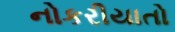
નોકરીયાતો